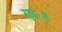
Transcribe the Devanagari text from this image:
गुरुः॥